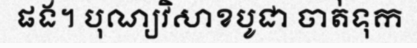
ផង។ បុណ្យវិសាខបូជា ចាត់ទុក